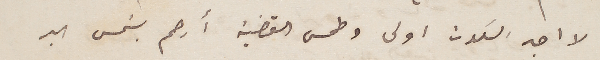
لا اجد السكون اولى وطمس القضية أرحم بشمس البر